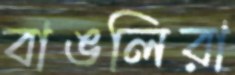
বাঙলিরা